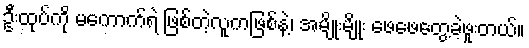
ဦးထုပ်ကို မကောက်ရဲ ဖြစ်တဲ့လူကဖြစ်နဲ့၊ အမျိုးမျိုး ဖေဖေတွေ့ခဲ့ဖူးတယ်။